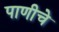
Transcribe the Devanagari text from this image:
पाणीचे